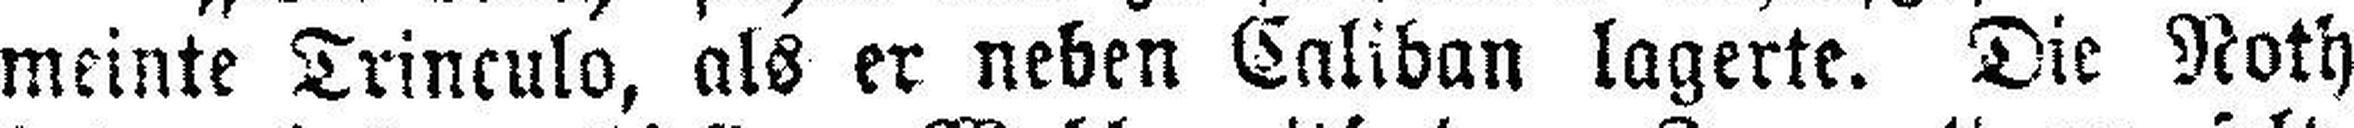
meinte Trinculo, als er neben Caliban lagerte. Die Noth